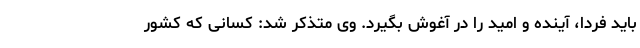
باید فردا، آینده و امید را در آغوش بگیرد. وی متذکر شد: کسانی که کشور